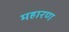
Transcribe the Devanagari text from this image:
महारण